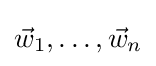
{\vec {w}}_{1},\ldots ,{\vec {w}}_{n}